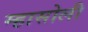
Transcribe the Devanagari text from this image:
म्हासोली